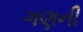
ગણની